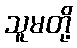
သူမတို့